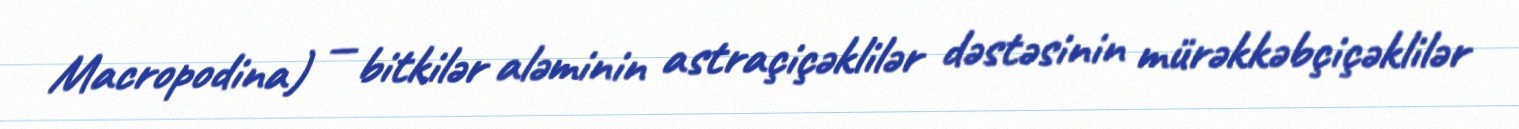
Macropodina) — bitkilər aləminin astraçiçəklilər dəstəsinin mürəkkəbçiçəklilər